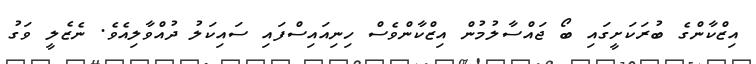
އިޒްކާންގެ ބުރަކަށީގައި ބޯ ޖައްސާލުމުން އިޒްކާންވެސް ހިނިއައިސްފައި ސައިކަލު ދުއްވާލިއެވެ. ނެޒެލީ ވަގު